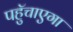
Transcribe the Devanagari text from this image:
पहुॅचाएगा